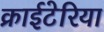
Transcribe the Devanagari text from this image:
क्राईटेरिया